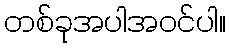
တစ်ခုအပါအဝင်ပါ။